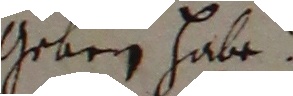
geben habe.